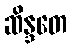
ဆိန္ဒတေ